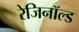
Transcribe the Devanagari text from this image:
रेजिनॉल्ड